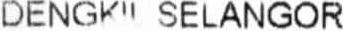
DENGKIL SELANGOR